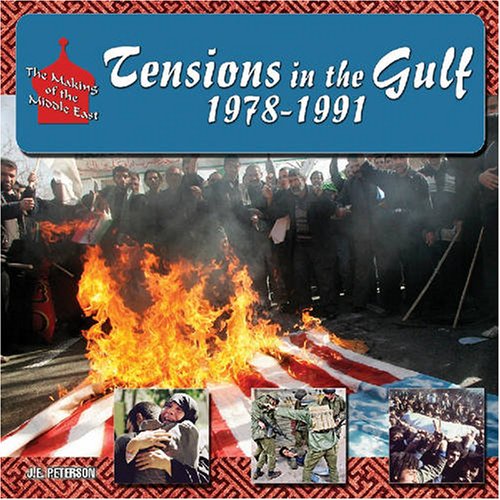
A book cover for Tensions in the Gulf, 1978-1991 (Making of the Middle East); J. E. Peterson; Children's Books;